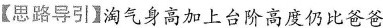
【思路导引】淘气身高加上台阶高度仍比爸爸